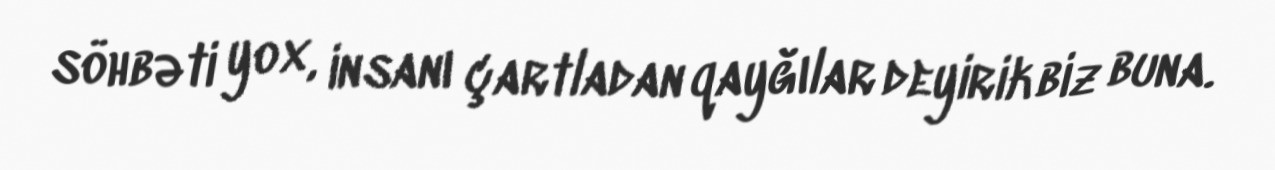
söhbəti yox, insanı çartladan qayğılar deyirik biz buna.